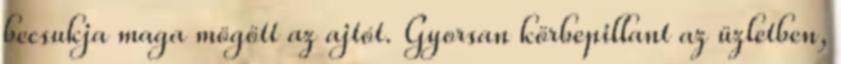
becsukja maga mögött az ajtót. Gyorsan körbepillant az üzletben,